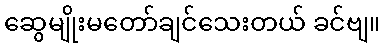
ဆွေမျိုးမတော်ချင်သေးတယ် ခင်ဗျ။